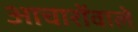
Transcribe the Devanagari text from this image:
आचारोंवाले